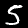
Label: 5